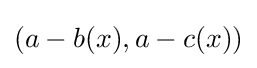
(a-b(x),a-c(x))